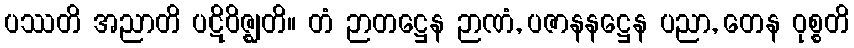
ပဿတိ အညာတိ ပဋိဝိဇ္ဈတိ။ တံ ဉာတဋ္ဌေန ဉာဏံ, ပဇာနနဋ္ဌေန ပညာ, တေန ဝုစ္စတိ